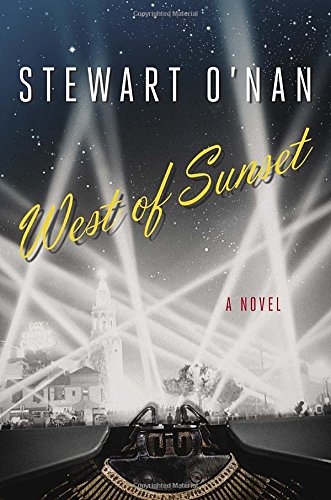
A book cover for West of Sunset; Stewart O'Nan; Literature & Fiction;